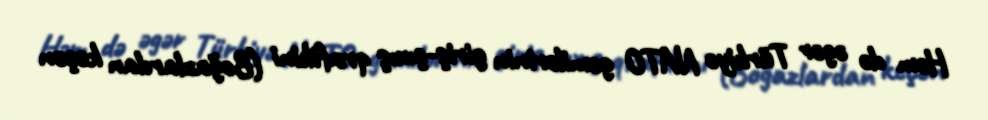
Həm də əgər Türkiyə NATO gəmilərinin giriş-çıxış qrafikini (Boğazlardan keçən